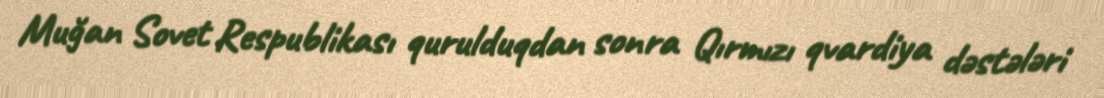
Muğan Sovet Respublikası qurulduqdan sonra Qırmızı qvardiya dəstələri